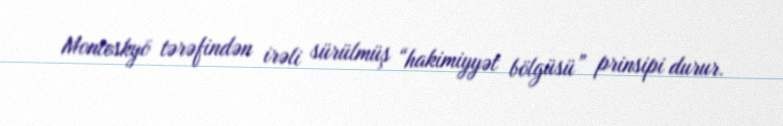
Monteskyö tərəfindən irəli sürülmüş “hakimiyyət bölgüsü” prinsipi durur.